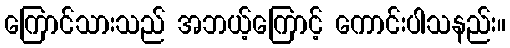
ကြောင်သားသည် အဘယ့်ကြောင့် ကောင်းပါသနည်း။